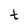
Character: t